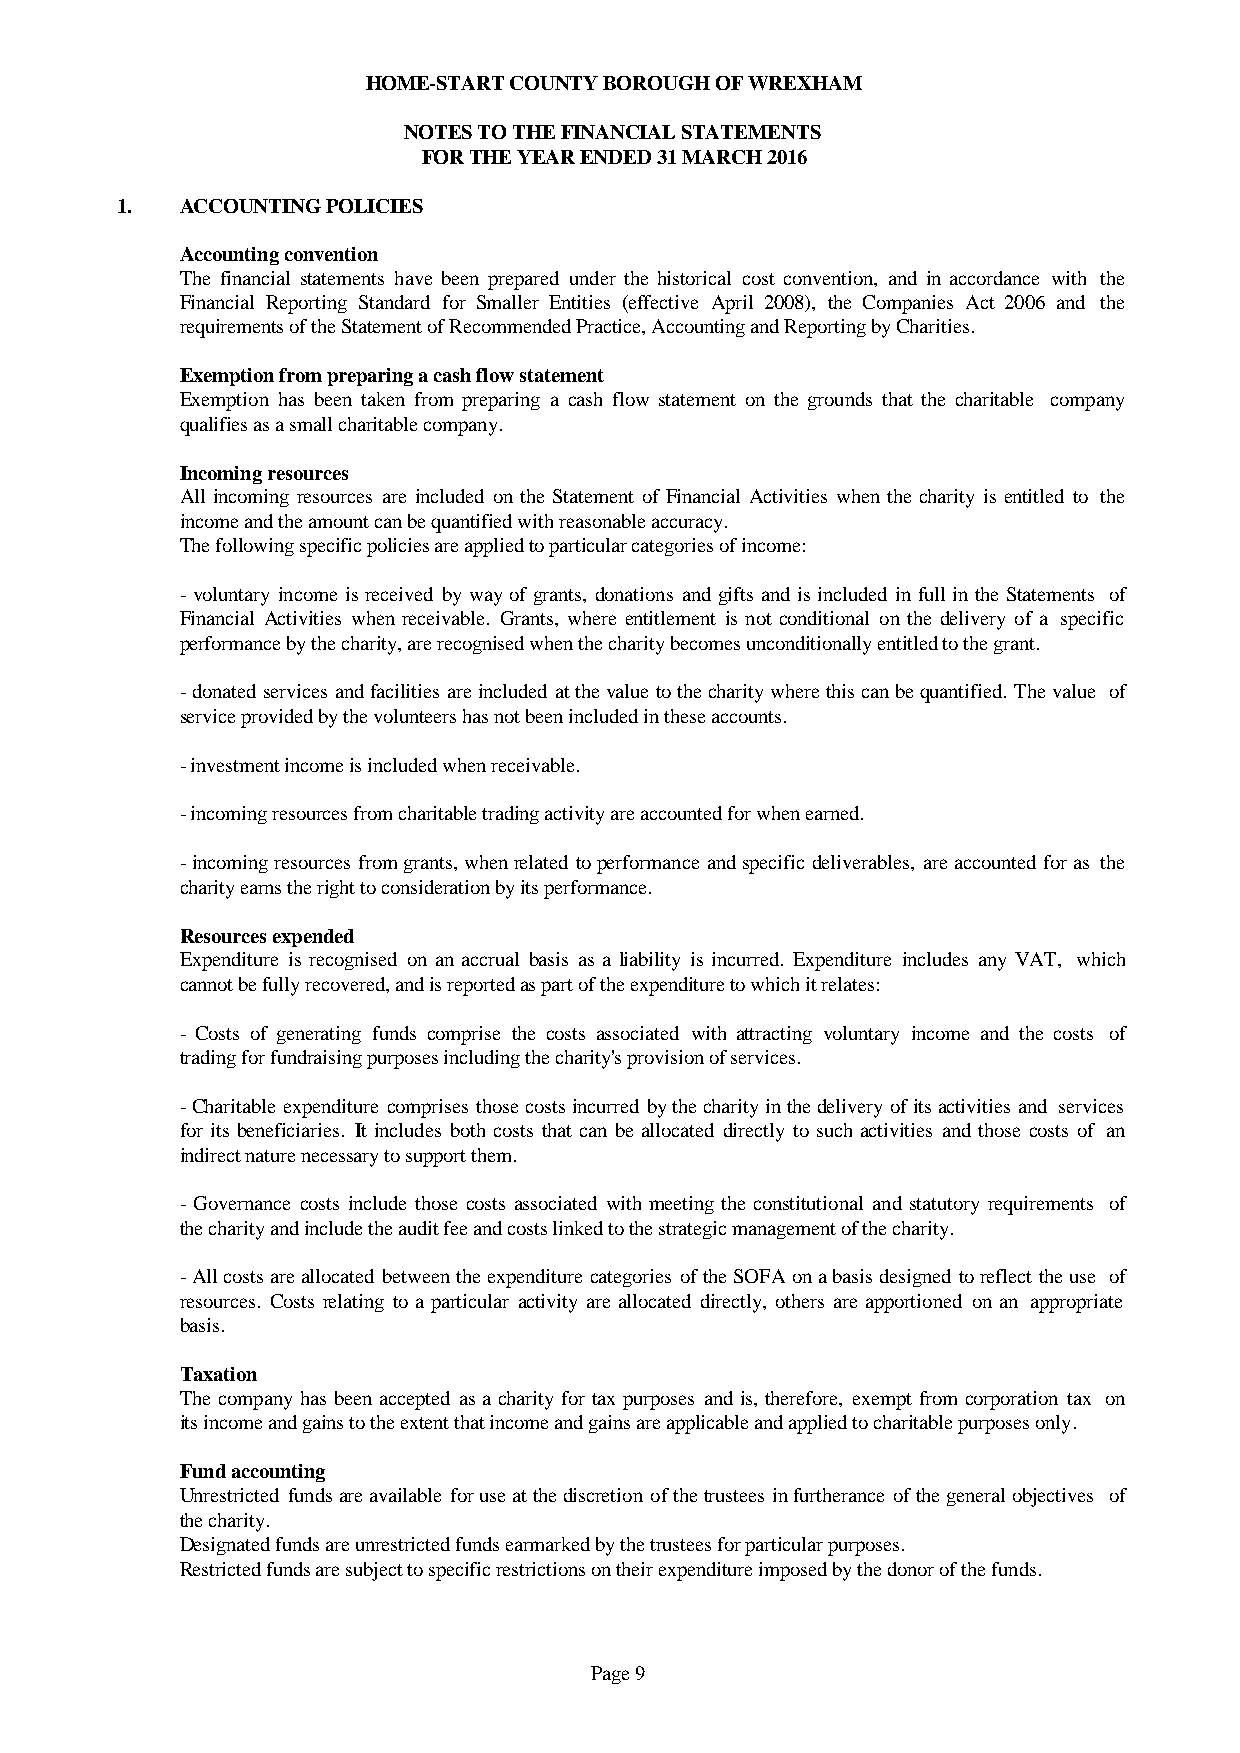
HOME-START COUNTY BOROUGH OF WREXHAM
 NOTES TO THE FINANCIAL STATEMENTS
 FOR THE YEAR ENDED 31 MARCH 2016
 1.  ACCOUNTING POLICIES
 Accounting convention
 The financial statements have been prepared under the historical cost convention, and in accordance with the
 Financial Reporting Standard for Smaller Entities (effective April 2008), the Companies Act 2006 and the
 requirements of the Statement of Recommended Practice, Accounting and Reporting by Charities.
 Exemption from preparing a cash flow statement
 Exemption has been taken from preparing a cash flow statement on the grounds that the charitable company
 qualifies as a small charitable company.
 Incoming resources
 All incomingresources are included on the Statementof Financial Activities whenthe charity is entitled to the
 income and the amount can be quantified with reasonable accuracy.
 The following specific policies are applied to particular categories of income:
 -voluntaryincomeis received bywayof grants,donations and giftsand is included infullintheStatements of
 Financial Activities when receivable. Grants, where entitlement is not conditional on the delivery of a specific
 performance by the charity, are recognised when the charity becomes unconditionally entitled to the grant.
 -donatedservicesandfacilitiesareincludedatthevaluetothecharitywherethiscanbequantified.Thevalue of
 service provided by the volunteers has not been included in these accounts.
 - investment income is included when receivable.
 - incoming resources from charitable trading activity are accounted for when earned.
 -incomingresourcesfromgrants,whenrelatedtoperformanceandspecificdeliverables,areaccountedforas the
 charity earns the right to consideration by its performance.
 Resources expended
 Expenditure is recognised on an accrual basis as a liability is incurred. Expenditure includes any VAT, which
 cannot be fully recovered, and is reported as part of the expenditure to which it relates:
 - Costs of generating funds comprise the costs associated with attracting voluntary income and the costs of
 trading for fundraising purposes including the charity's provision of services.
 -Charitableexpenditurecomprisesthosecostsincurredbythecharityinthedeliveryofitsactivitiesand services
 for its beneficiaries. It includes both costs that can be allocated directly to such activities and those costs of an
 indirect nature necessary to support them.
 - Governance costs include those costs associated withmeetingthe constitutional and statutoryrequirements of
 the charity and include the audit fee and costs linked to the strategic management of the charity.
 -AllcostsareallocatedbetweentheexpenditurecategoriesoftheSOFAonabasisdesignedtoreflecttheuse of
 resources. Costs relating to a particular activityare allocated directly, others are apportioned on an appropriate
 basis.
 Taxation
 The companyhasbeen accepted as a charityfor taxpurposes and is,therefore, exemptfromcorporation tax on
 its income and gains to the extent that income and gains are applicable and applied to charitable purposes only.
 Fund accounting
 Unrestrictedfundsareavailableforuseatthediscretionofthetrusteesinfurtheranceofthegeneralobjectives of
 the charity.
 Designated funds are unrestricted funds earmarked by the trustees for particular purposes.
 Restricted funds are subject to specific restrictions on their expenditure imposed by the donor of the funds.
 Page 9